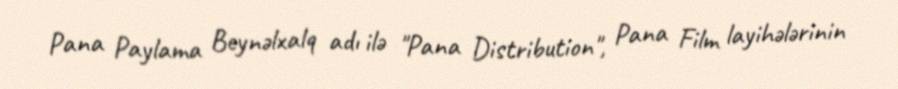
Pana Paylama Beynəlxalq adı ilə "Pana Distribution", Pana Film layihələrinin